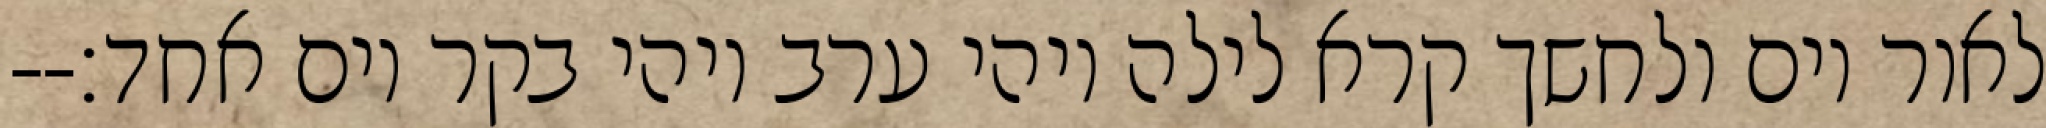
לאור יום ולחשך קרא לילה ויהי ערב ויהי בקר יום אחד׃--